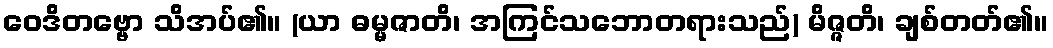
ဝေဒိတဗ္ဗော သိအပ်၏။ (ယာ ဓမ္မဇာတိ၊ အကြင်သဘောတရားသည်) မိဇ္ဇတိ၊ ချစ်တတ်၏။